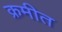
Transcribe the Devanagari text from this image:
क्रमीत